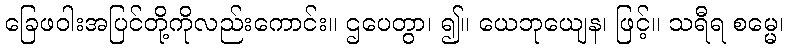
ခြေဖဝါးအပြင်တို့ကိုလည်းကောင်း။ ဌပေတွာ၊ ၍။ ယေဘုယျေန၊ ဖြင့်။ သရီရ စမ္မေ၊